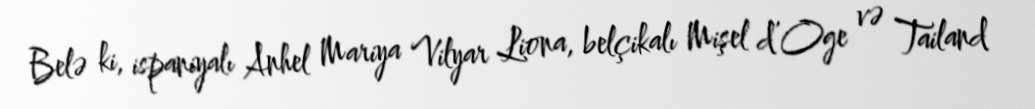
Belə ki, ispaniyalı Anhel Mariya Vilyar Liona, belçikalı Mişel d’Oge və Tailand